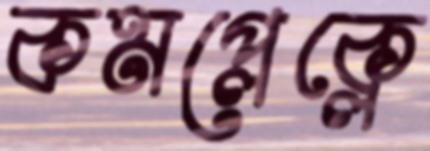
কমপ্লেক্লে